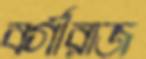
বর্গীরাজ